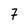
Character: 7